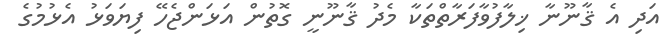
އަދި އެ ޤާނޫނާ ޚިލާފުވާފަރާތްތަކާ މެދު ޤާނޫނީ ގޮތުން އަޅަންޖެހޭ ފިޔަވަޅު އެޅުމުގެ